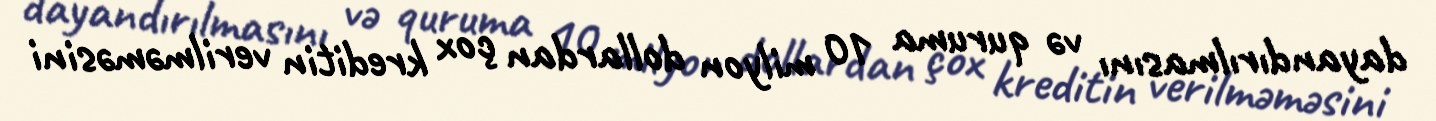
dayandırılmasını və quruma 10 milyon dollardan çox kreditin verilməməsini